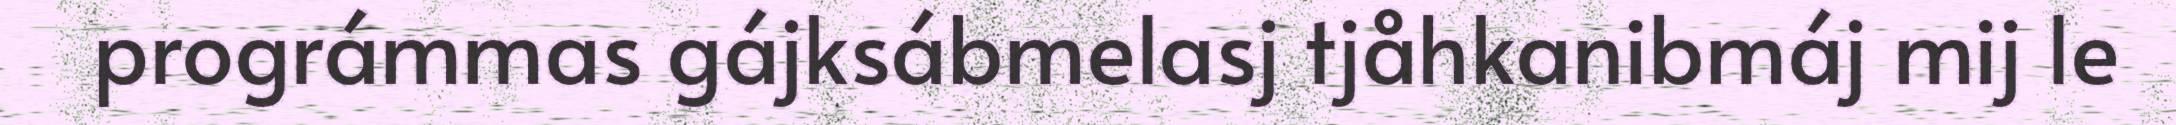
prográmmas gájksábmelasj tjåhkanibmáj mij le